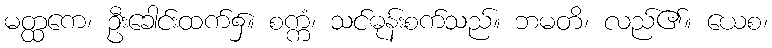
မတ္ထကေ၊ ဦးခေါင်းထက်၌။ စက္ကံ၊ သင်ဓုန်းစက်သည်။ ဘမတိ၊ လည်၏။ ယေစ၊